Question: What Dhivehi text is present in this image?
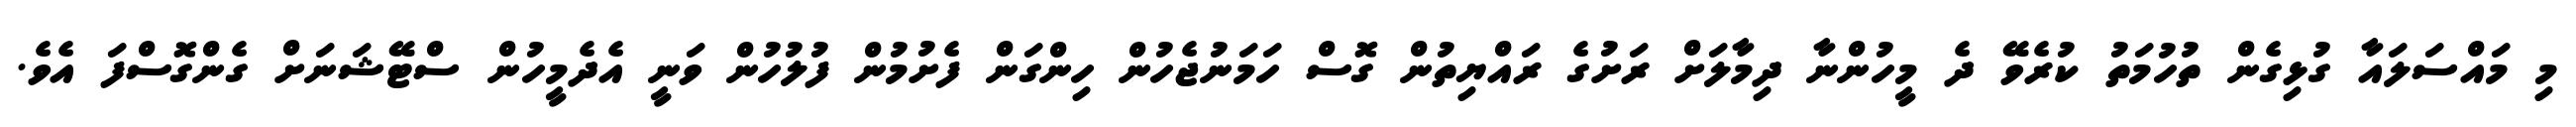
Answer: މި މައްސަލައާ ގުޅިގެން ތުހުމަތު ކުރެވޭ ދެ މީހުންނާ ދިމާލަށް ރަށުގެ ރައްޔިތުން ގޮސް ހަމަނުޖެހުން ހިންގަން ފެށުމުން ފުލުހުން ވަނީ އެދެމީހުން ސްޓޭޝަނަށް ގެންގޮސްފަ އެވެ.